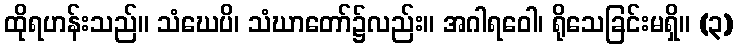
ထိုရဟန်းသည်။ သံဃေပိ၊ သံဃာတော်၌လည်း။ အဂါရဝေါ၊ ရိုသေခြင်းမရှိ။ (၃)